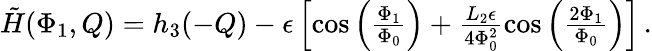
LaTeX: \begin{array}{r}{\tilde{H}(\Phi_{1},Q)=h_{3}(-Q)-\epsilon\left[\cos\left(\frac{\Phi_{1}}{\Phi_{0}}\right)+\frac{L_{2}\epsilon}{4\Phi_{0}^{2}}\cos\left(\frac{2\Phi_{1}}{\Phi_{0}}\right)\right]\, .}\end{array}